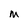
Character: M